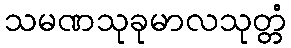
သမဏသုခုမာလသုတ္တံ